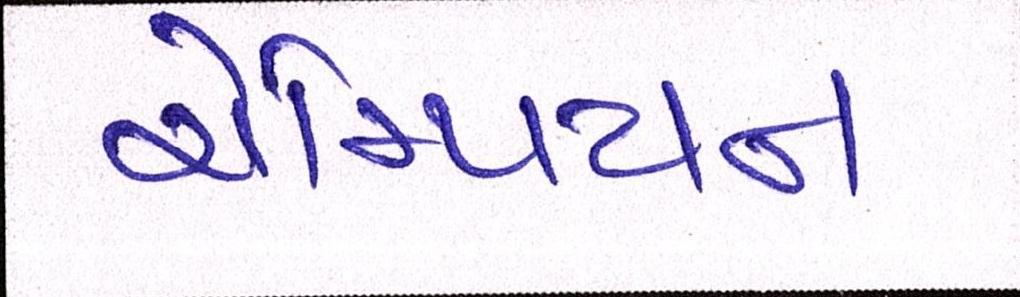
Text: ચેમ્પિયન